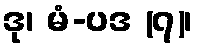
ဒု၊ မံ-ပဒ (၇)၊